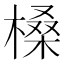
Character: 槡